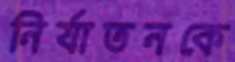
নির্যাতনকে